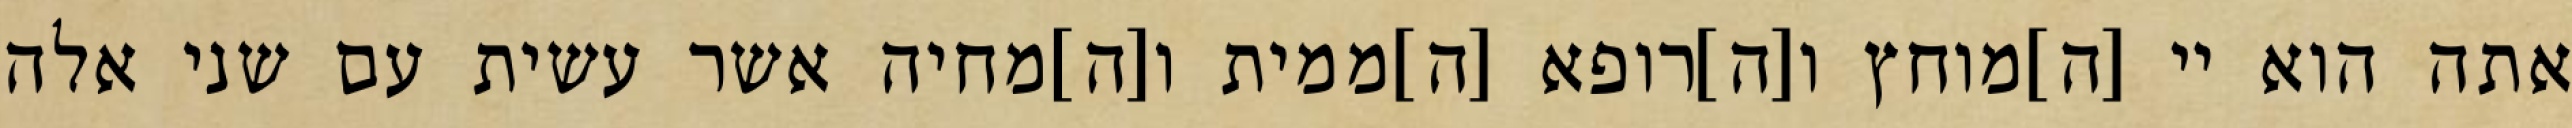
אתה הוא יי [ה]מוחץ ו[ה]רופא [ה]ממית ו[ה]מחיה אשר עשית עם שני אלה